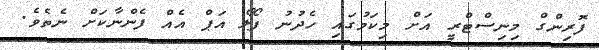
ފޮރިންގް މިނިސްޓްރީ އަށް މިކަމުގައި ހެދުނު ފޯލޯ އަޕް އެއް ފެންނާކަށް ނެތެވެ.